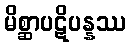
မိစ္ဆာပဋိပန္နဿ